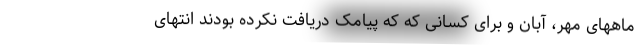
ماههای مهر، آبان و برای کسانی که که پیامک دریافت نکرده بودند انتهای